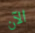
الآن